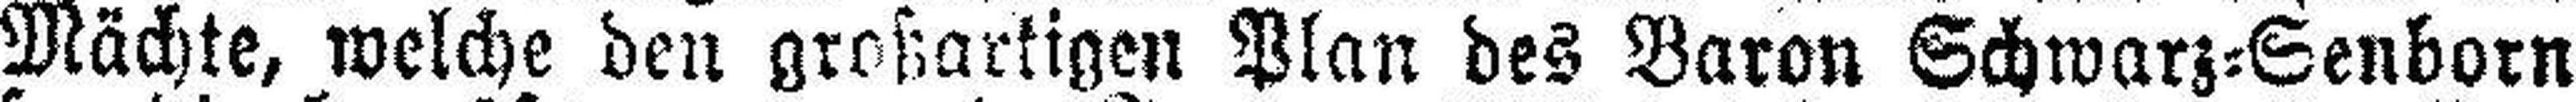
Mächte, welche den großartigen Plan des Baron Schwarz=Senborn